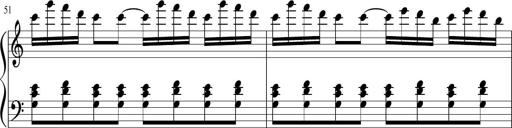
Title: Sonatina di Santa Gemma, JKB 12
Composer: Jason Baruk
Key: F major